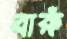
বারুঁ